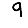
Digit: 9